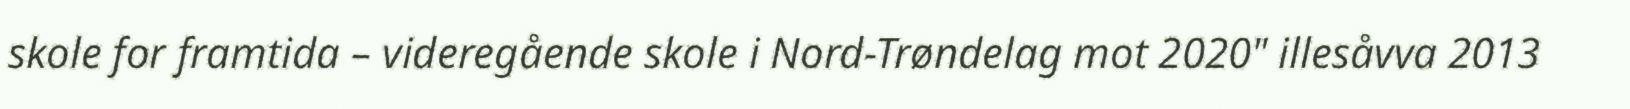
skole for framtida – videregående skole i Nord-Trøndelag mot 2020" illesåvva 2013